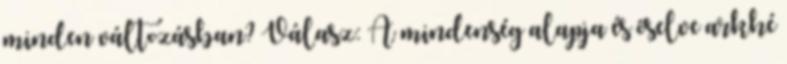
minden változásban? Válasz: A mindenség alapja és őselve arkhé